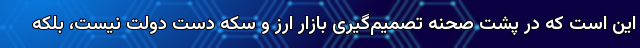
این است که در پشت صحنه تصمیم‌گیری بازار ارز و سکه دست دولت نیست، بلکه